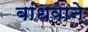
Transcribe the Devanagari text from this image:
बांधवाने